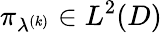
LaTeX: \pi_{\lambda^{(k)}}\in L^{2}(D)